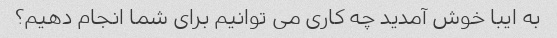
به ایبا خوش آمدید چه کاری می توانیم برای شما انجام دهیم؟